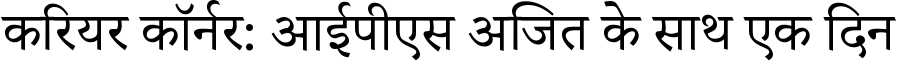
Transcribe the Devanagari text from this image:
करियर कॉर्नर: आईपीएस अजित के साथ एक दिन